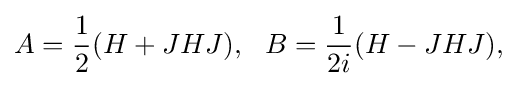
\displaystyle {A={1 \over 2}(H+JHJ),\,\,\,\,B={1 \over 2i}(H-JHJ),}